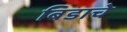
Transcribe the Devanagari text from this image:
बिडाचे